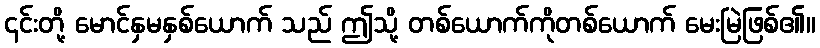
၎င်းတို့ မောင်နှမနှစ်ယောက် သည် ဤသို့ တစ်ယောက်ကိုတစ်ယောက် မေးမြဲဖြစ်၏။